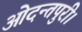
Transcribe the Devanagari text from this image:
ओदन्तपुरी।